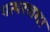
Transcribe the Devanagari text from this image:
पत्थरलगा